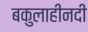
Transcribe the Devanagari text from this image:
बकुलाहीनदी